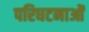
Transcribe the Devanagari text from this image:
परिघटनाओंं